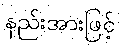
နည်းအားဖြင့်